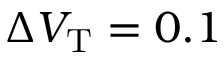
\Delta V _ { \mathrm { T } } = 0 . 1